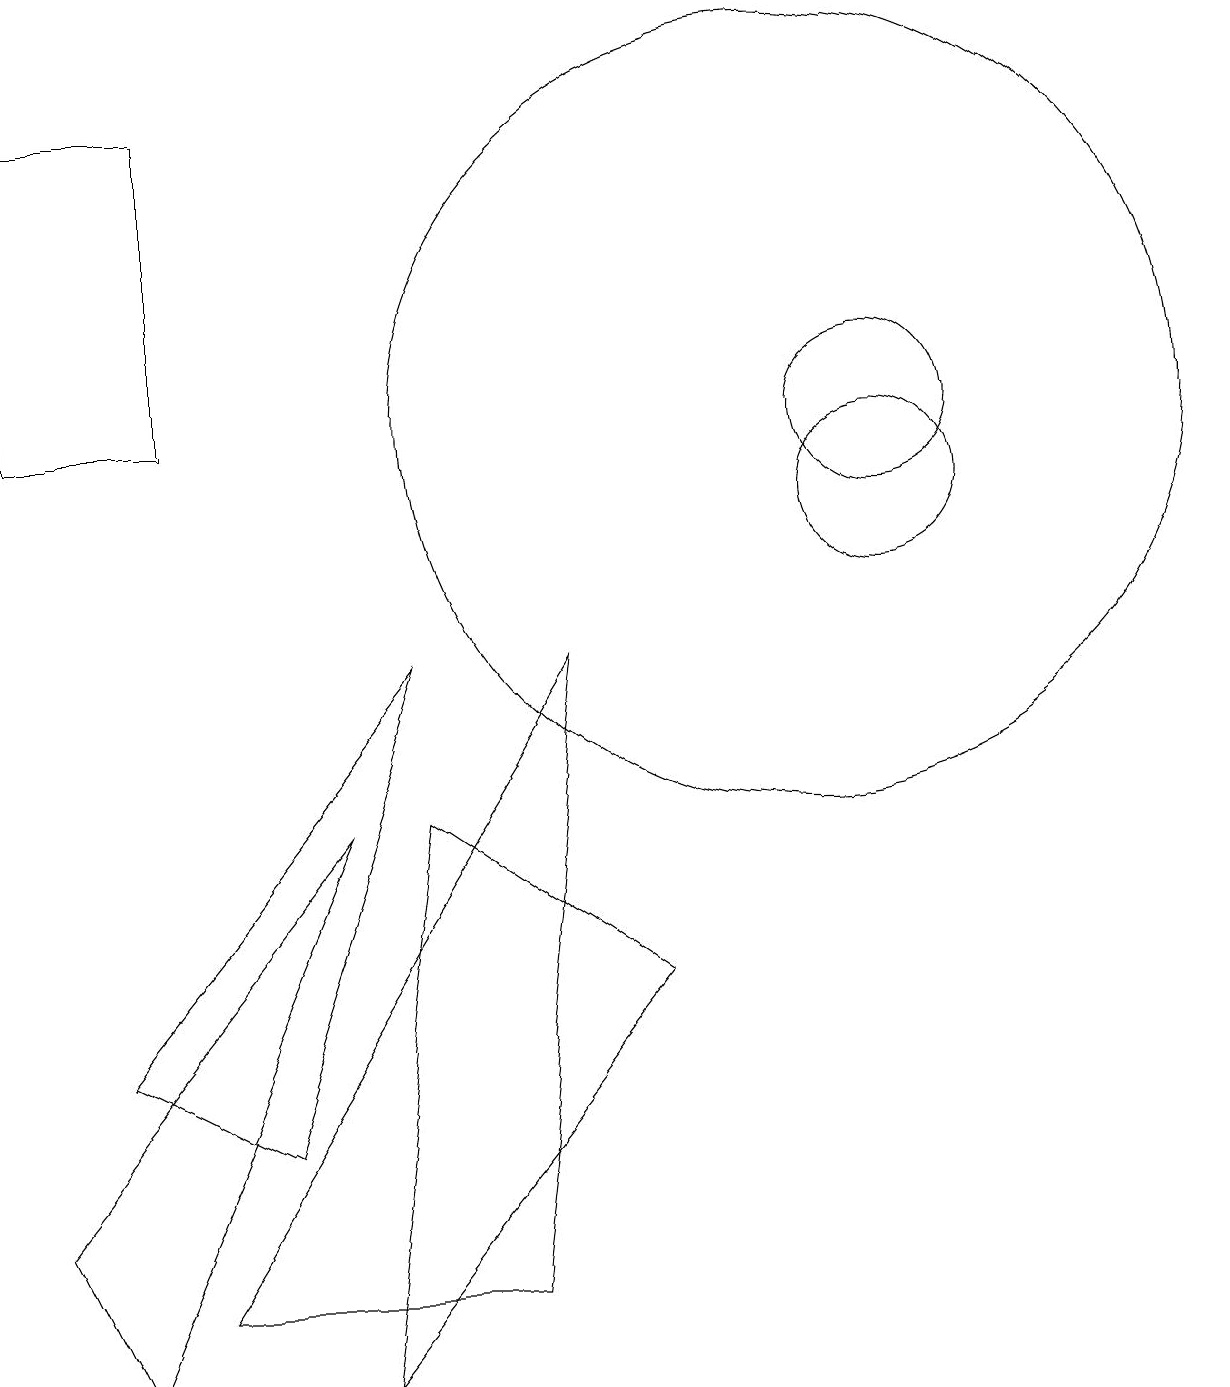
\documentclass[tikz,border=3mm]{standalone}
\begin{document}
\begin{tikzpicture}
\draw (6,1) -- (7,9) -- (2,1) -- cycle;
\draw (11,12) circle (1);
\draw (1,4) -- (5,9) -- (3,3) -- cycle;
\draw (4,7) -- (0,2) -- (1,0) -- cycle;
\draw (11,11) circle (1);
\draw (0,12) rectangle (2,16);
\draw (4,0) -- (8,5) -- (5,7) -- cycle;
\draw (10,12) circle (5);
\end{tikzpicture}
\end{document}